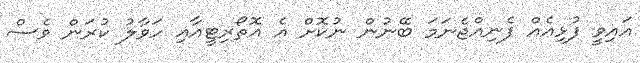
އައިވީ ފުޅިއެއް ފެނިއްޖެނަމަ ބޭނުން ނުކޮށް އެ އޮތޯރިޓީއާއި ހަވާލު ކުރަން ވެސް